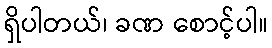
ရှိပါတယ်၊ ခဏ စောင့်ပါ။